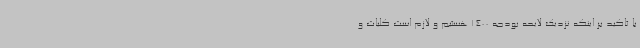
با تاکید بر اینکه نزدیک لایحه بودجه 1400 هستیم و لازم است کلیات و